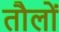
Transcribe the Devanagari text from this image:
तौलों